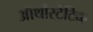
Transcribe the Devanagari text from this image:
ऑर्थोस्टेटिक